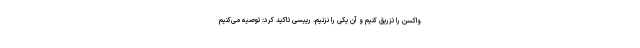
واکسن را تزریق کنیم و آن یکی را نزنیم. رییسی تاکید کرد: توصیه می‌کنیم